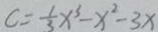
c = \frac { 1 } { 3 } x ^ { 3 } - x ^ { 2 } - 3 x